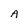
Character: A